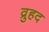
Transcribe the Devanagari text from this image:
व्रुहद